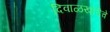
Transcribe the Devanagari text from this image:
दिवाळखोरीचे